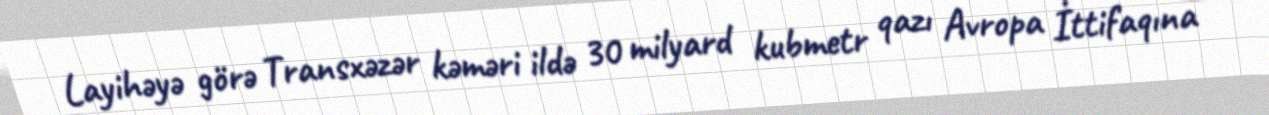
Layihəyə görə Transxəzər kəməri ildə 30 milyard kubmetr qazı Avropa İttifaqına